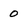
Character: 0